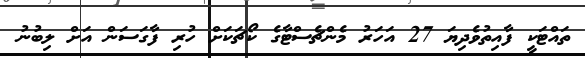
ތައްޓަކީ ފާއިތުވެދިޔަ 27 އަހަރު މެންޗެސްޓާގެ ކޯޗަކަށް ހުރި ފާގަސަން އަށް ލިބުނު